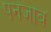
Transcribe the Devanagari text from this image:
पनजाब